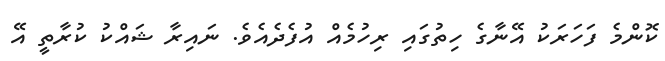
ކޮންމެ ފަހަރަކު އޭނާގެ ހިތުގައި ރިހުމެއް އުފެދެއެވެ. ނައިރާ ޝައްކު ކުރާތީ އޭ